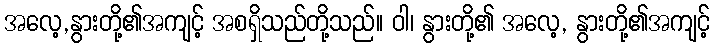
အလေ့,နွားတို့၏အကျင့် အစရှိသည်တို့သည်။ ဝါ၊ နွားတို့၏ အလေ့, နွားတို့၏အကျင့်